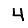
Digit: 4